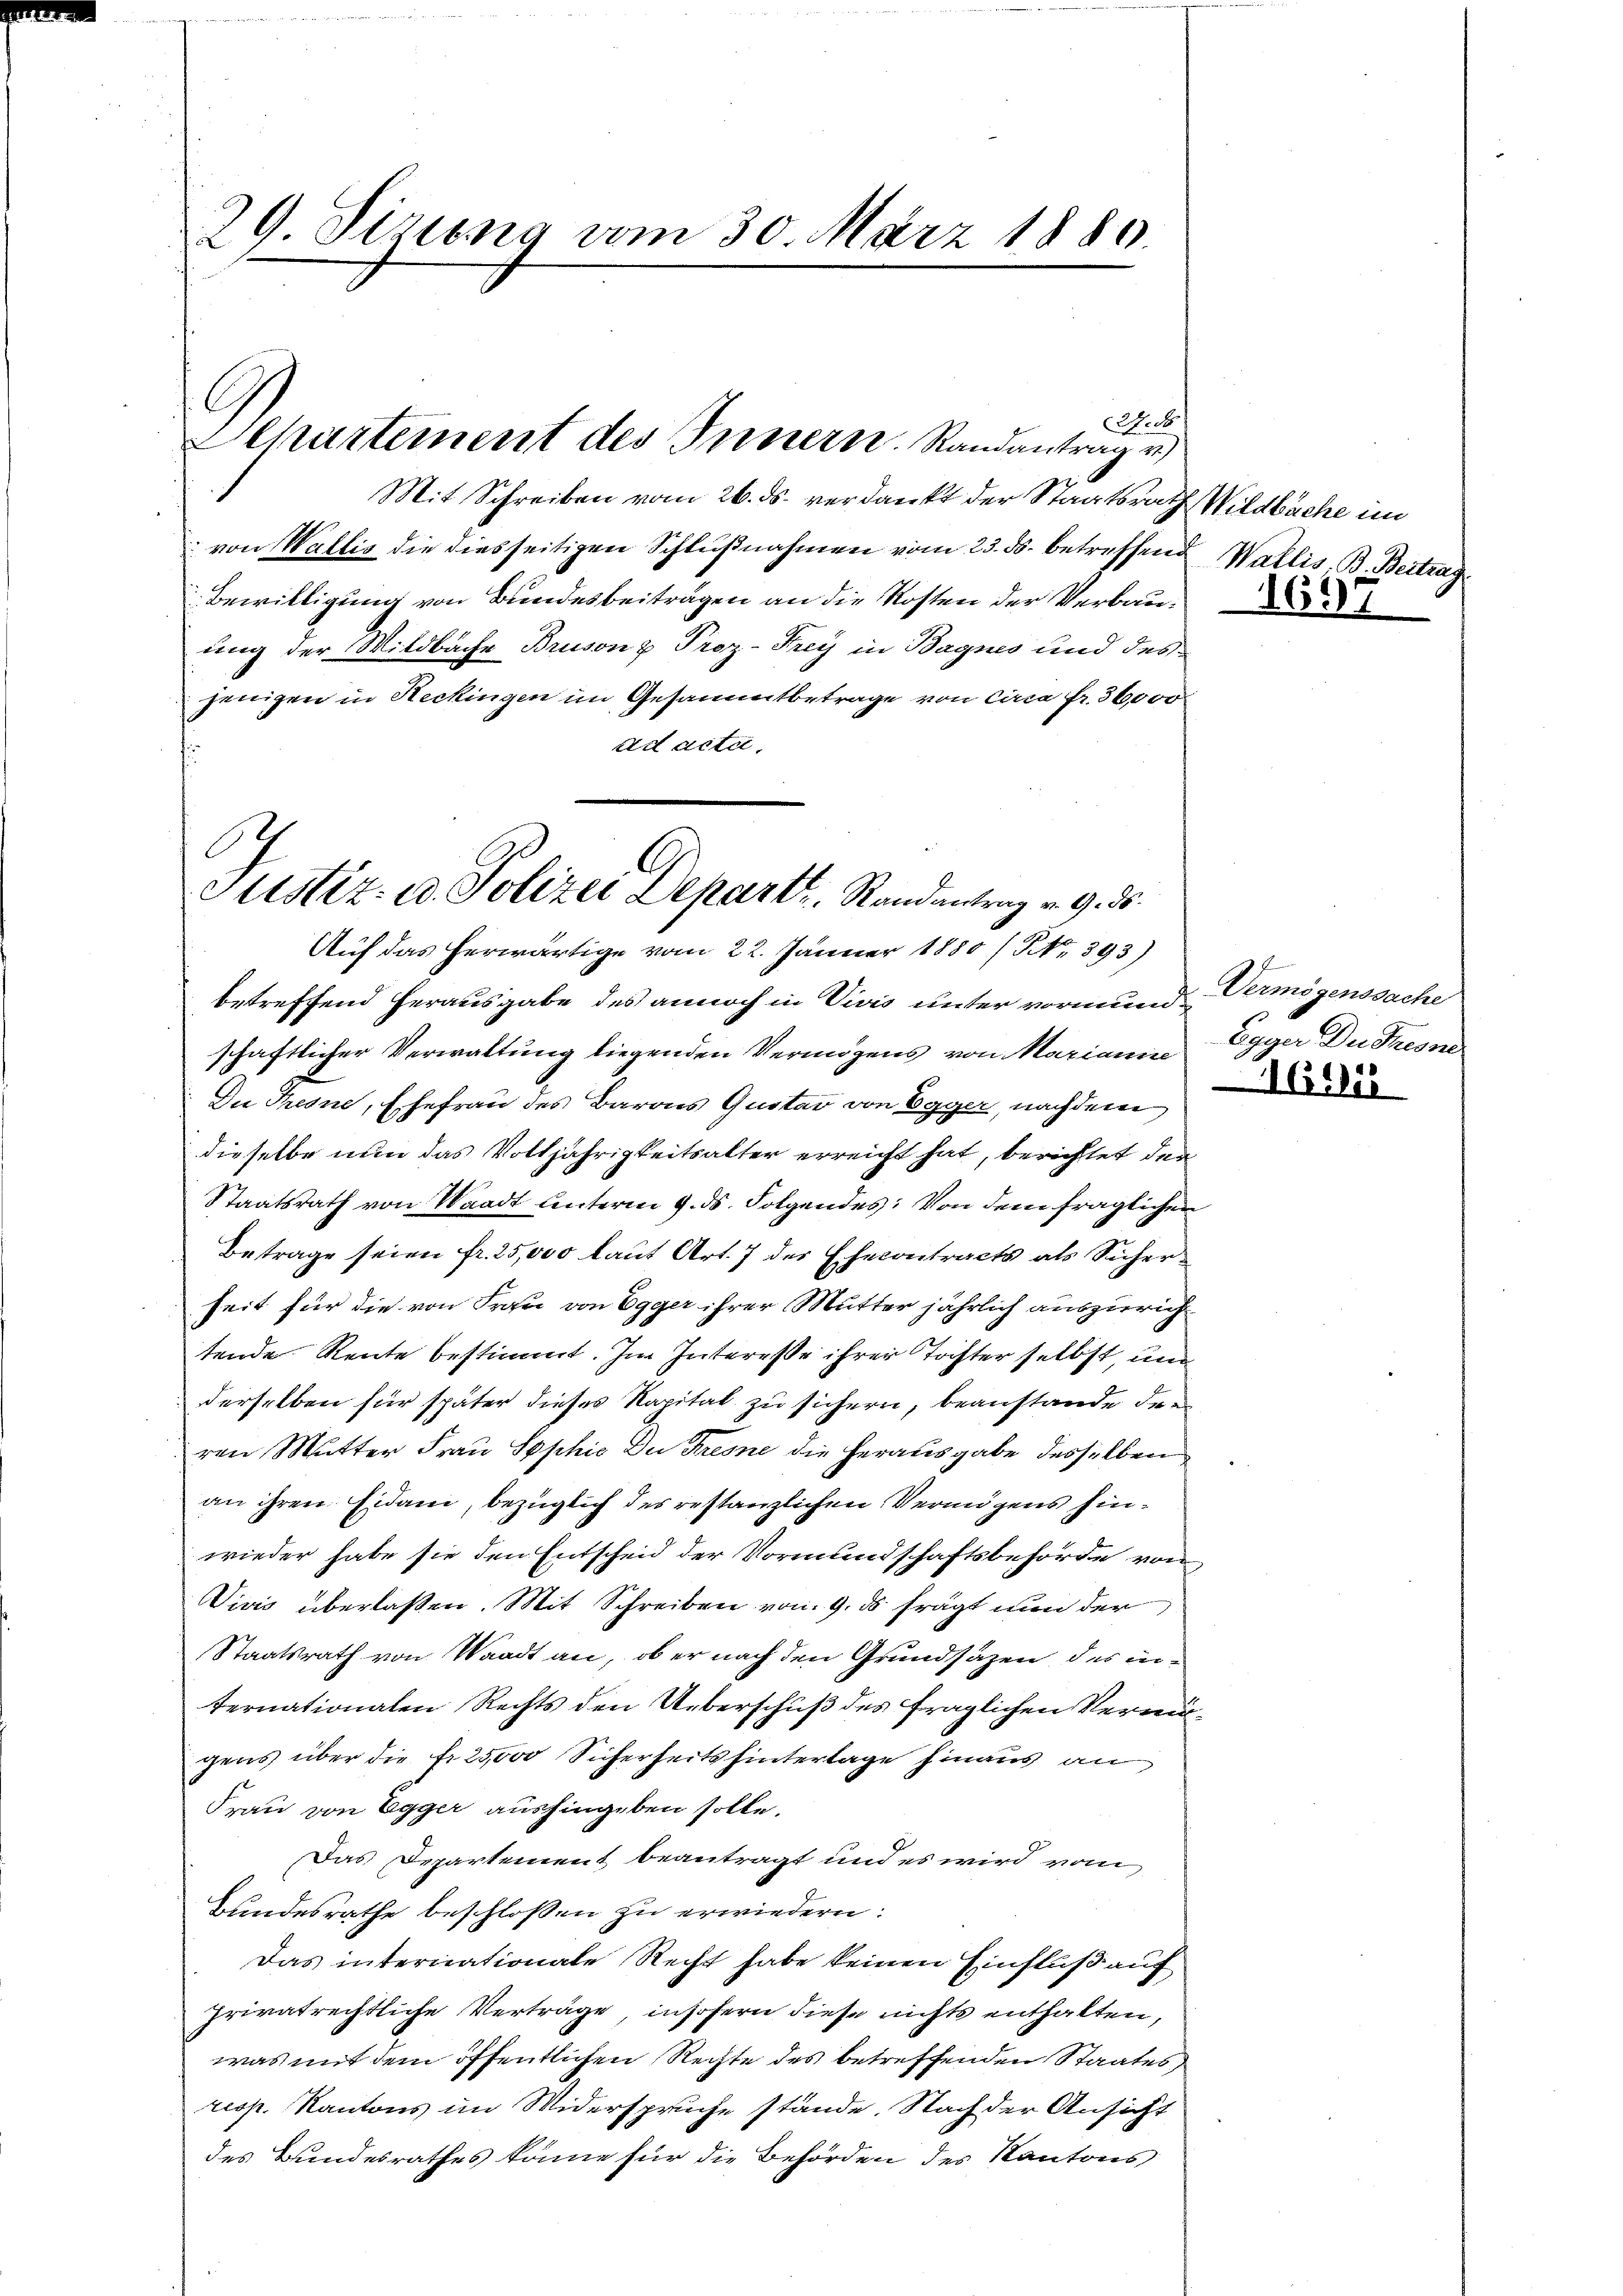
29 Siziona vom 30. März 1880.

Departement des Innern. Randantrag v

Mit Schreiben vom 26. ds. verdankt der Staatsrath Wildbache im
von Wallis die diesseitigen Schlußnahmen vom 23. ds. betreffend Wallis. B. Beitrag
Bewilligung von Bundesbeiträgen an die Kosten der Verbauung der Wildbache Brusonz Proz. Frey in Bagnes und des
jenigen in Reckingen im Gesammtbetrage von circa Fr. 36000
ad acta.

2.8

Justiz- u. Polizei Departi, Randantrag v. 9. ds.
Auf das herwärtige vom 22. Jänner 1880 / NNo. 393)

betreffend herausgabe des annoch in Vivis unter vormund Vermögenssache
schaftlicher Verwaltung liegenden Vermögens von Marianne
Du Theone, Ehefrau des Barons Quitar von Egger, nachdem
dieselbe nun das Volljährigkeitsalter erreicht hat, berichtet der
Staatsrath von Waadt unterm 9. ds. Folgendes: Von dem fraglichen
Betrage seien fr. 25,000 laut Art. 7 des Ehecontracts als Sicherheit für die von Frau von Egger ihrer Mutter jährlich auszurichtende Reute bestimmt. Im Interesse ihrer Tochter selbst, und
derselben für später dieses Kapital zu sichern, beanstande drei
ren Mutter Frau Sophie Du Tresne die Herausgabe desselben
an ihren Eidam, bezüglich des restanzlichen Vermögens hinwieder habe sie den Entscheid der Vormundschaftsbehörde von
Vivis überlaßen. Mit Schreiben vom 9. ds frägt nun der
Staatsrath von Waadt an, ob er nach den Grundsäzen, des internationalen Rechts den Ueberschuß des fraglichen Vermitgens über die fr. 25,000 Sicherheits hintertage hinaus an
Frau von Egger aushingeben solle.
Das Departement beantragt und es wird vom
Bundesrathe beschlossen zu erwiedern:
Das internationale Recht habe keinen Einfluß auf
Privatrechtliche Verträge, insofern diese nichts enthalten,
was mit dem öffentlichen Rechte des betreffenden Staates
resp. Kantons im Widerspruche stände. Nach der Ansicht
des Bundesrathes könne für die Behörden des Kantons

1691

Egger Du Tresne

1651